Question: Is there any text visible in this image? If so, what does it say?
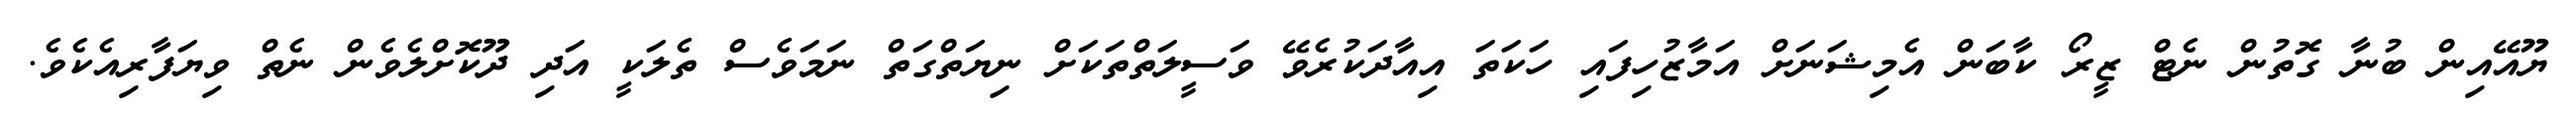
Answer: ޔޫއޭއިން ބުނާ ގޮތުން ނެޓް ޒީރޯ ކާބަން އެމިޝަނަށް އަމާޒުހިފައި ހަކަތަ އިއާދަކުރެވޭ ވަސީލަތްތަކަށް ނިޔަތްގަތް ނަމަވެސް ތެލަކީ އަދި ދޫކޮށްލެވެން ނެތް ވިޔަފާރިއެކެވެ.